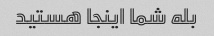
بله شما اینجا هستید